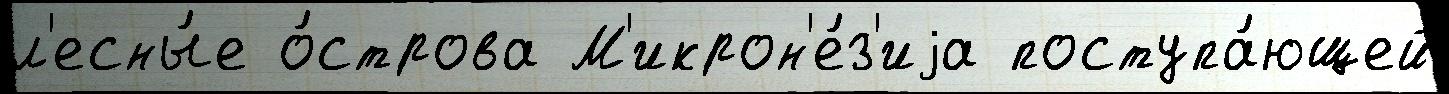
л'есны́е о́строва М'икрон'е́з'иjа поступа́ющей